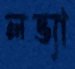
লভ্যা